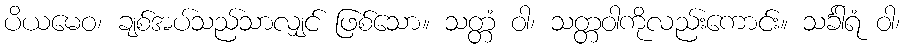
ပိယမေဝ၊ ချစ်အပ်သည်သာလျှင် ဖြစ်သော။ သတ္တံ ဝါ၊ သတ္တဝါကိုလည်းကောင်း။ သင်္ခါရံ ဝါ၊